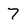
Character: 7